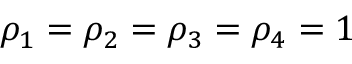
\rho _ { 1 } = \rho _ { 2 } = \rho _ { 3 } = \rho _ { 4 } = 1